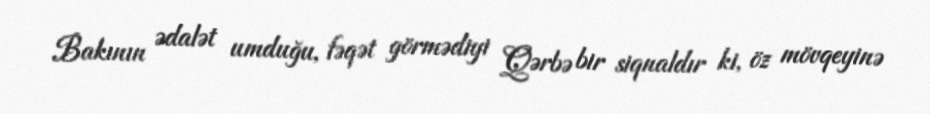
Bakının ədalət umduğu, fəqət görmədiyi Qərbə bir siqnaldır ki, öz mövqeyinə